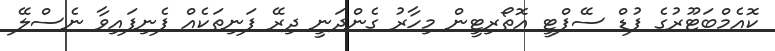
ކޮއެމްބަޓޫރުގެ ފުޑް ސޭފްޓީ އޮތޯރިޓީން މިހާރު ގެންދަނީ ދިރޭ ފަނިތަކެއް ފެނިފައިވާ ނެސްލޭ